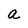
Character: a